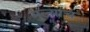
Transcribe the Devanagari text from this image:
मुल्याच